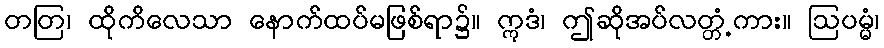
တတြ၊ ထိုကိလေသာ နောက်ထပ်မဖြစ်ရာ၌။ ဣဒံ၊ ဤဆိုအပ်လတ္တံ့ကား။ ဩပမ္မံ၊